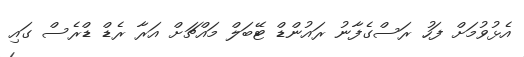
އެޅުވުމަށް ފަހު ރަސްގެފާނު ރައުންޑް ޓޭބަލް މައްޗަށް އަރާ ރެޑް ޑްރެސް ގައި